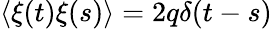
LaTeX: \langle\xi(t)\xi(s)\rangle=2q\delta(t-s)